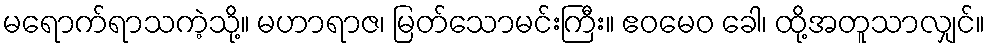
မရောက်ရာသကဲ့သို့။ မဟာရာဇ၊ မြတ်သောမင်းကြီး။ ဧဝမေဝ ခေါ၊ ထို့အတူသာလျှင်။